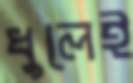
ধুলেই